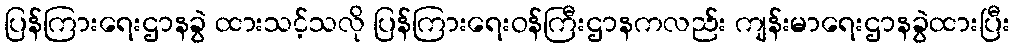
ပြန်ကြားရေးဌာနခွဲ ထားသင့်သလို ပြန်ကြားရေးဝန်ကြီးဌာနကလည်း ကျန်းမာရေးဌာနခွဲထားပြီး